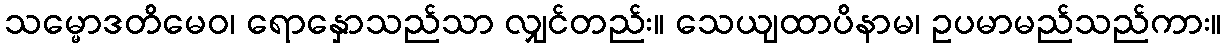
သမ္မောဒတိမေဝ၊ ရောနှောသည်သာ လျှင်တည်း။ သေယျထာပိနာမ၊ ဥပမာမည်သည်ကား။